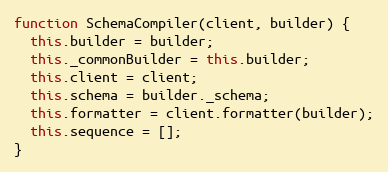
Language: JavaScript
function SchemaCompiler(client, builder) {
  this.builder = builder;
  this._commonBuilder = this.builder;
  this.client = client;
  this.schema = builder._schema;
  this.formatter = client.formatter(builder);
  this.sequence = [];
}